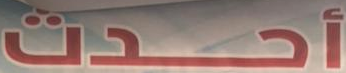
أحدث